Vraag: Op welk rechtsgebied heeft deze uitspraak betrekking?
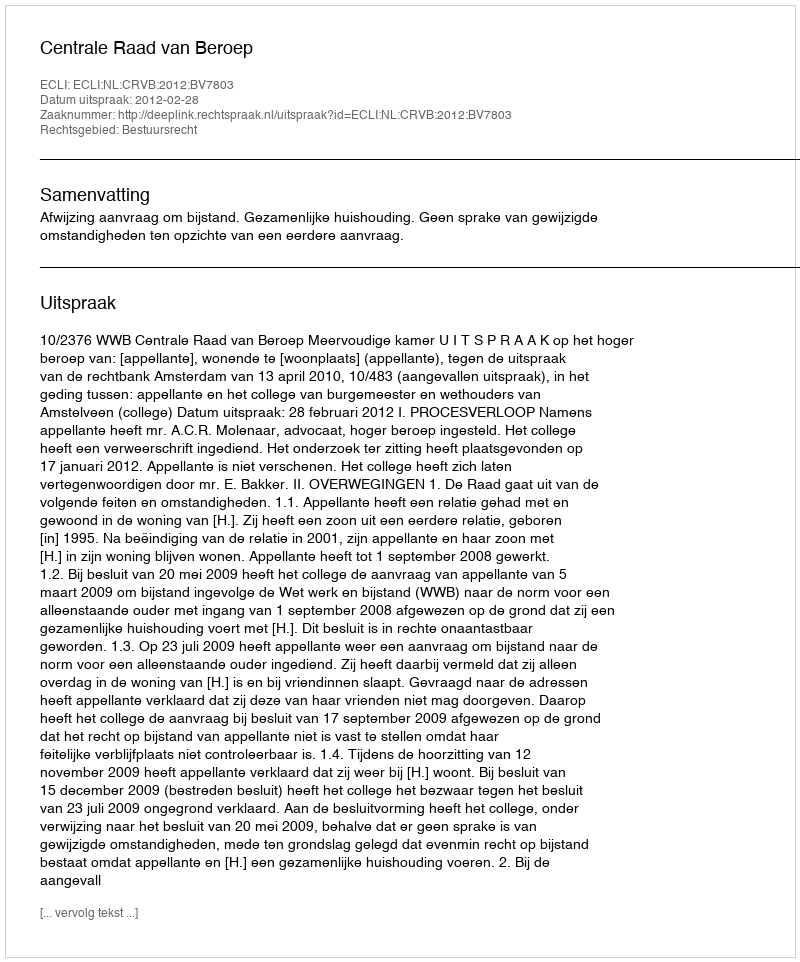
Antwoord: Bestuursrecht